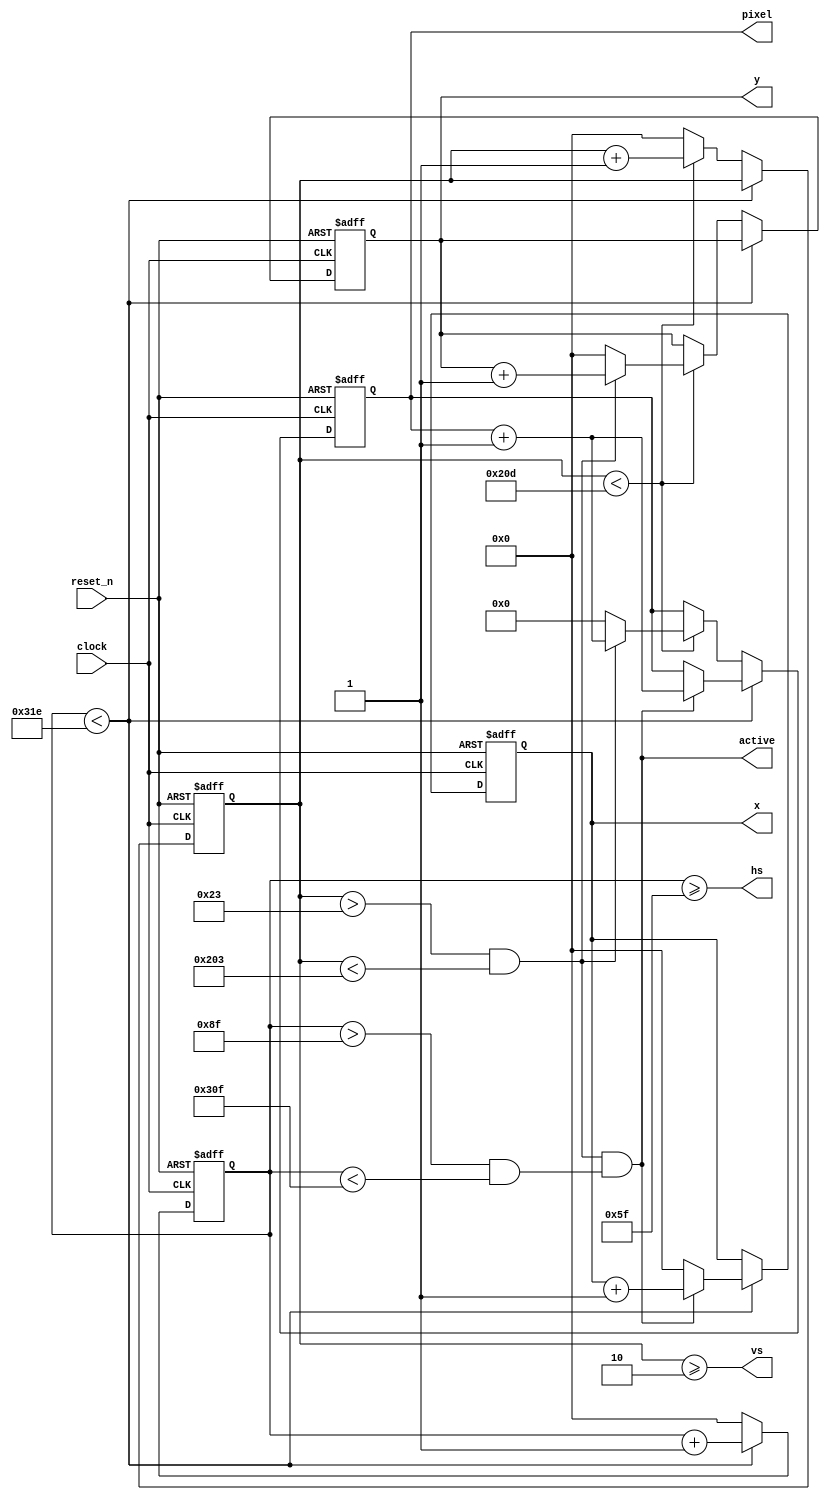
module vga_controller(hs,vs, reset_n, clock, active, x, y, pixel);

// Simple VGA timing and cursor generator
output hs, vs;
output active;
input reset_n;
input clock;
output [15:0] x, y;
output [18:0] pixel;

// VESA 640x480 @ 60Hz, pixel clock is 25MHz
localparam [15:0]	H_SYNC_INT	=	16'd95;  // 3.8us / 40ns    
localparam [15:0] H_SYNC_BACK	=	16'd48;  // 1.9us / 40ns 
localparam [15:0] H_SYNC_ACT	=	16'd640; // 25.4us / 40ns
localparam [15:0] H_SYNC_FRONT=	16'd15;  // 0.6us / 40ns
localparam [15:0] H_SYNC_TOTAL=	H_SYNC_ACT+H_SYNC_FRONT+H_SYNC_INT+H_SYNC_BACK;
localparam [15:0] V_SYNC_INT	=	16'd2;
localparam [15:0] V_SYNC_BACK	=	16'd33;
localparam [15:0] V_SYNC_ACT	=	16'd480;
localparam [15:0] V_SYNC_FRONT=	16'd10;
localparam [15:0] V_SYNC_TOTAL=	V_SYNC_ACT+V_SYNC_FRONT+V_SYNC_INT+V_SYNC_BACK;

parameter	X_START		=	H_SYNC_INT+H_SYNC_BACK;
parameter	Y_START		=	V_SYNC_INT+V_SYNC_BACK;

reg [15:0] h_count, h_count_next;
reg [15:0] v_count, v_count_next;
reg [15:0] x, x_next;
reg [15:0] y, y_next;
reg [18:0] pixel, pixel_next;

wire v_active, h_active;

assign v_active = v_count > Y_START && v_count < Y_START+V_SYNC_ACT;
assign h_active = h_count > X_START && h_count < X_START+H_SYNC_ACT;
assign active = v_active && h_active;

assign vs = (v_count >= V_SYNC_INT);
assign hs = (h_count >= H_SYNC_INT);

always @(posedge clock or negedge reset_n)
begin
  if (!reset_n) begin
    pixel <= 19'h0;
    h_count <= 16'h0;
    v_count <= 16'h0;
    x <= 16'h0;
    y <= 16'h0;
  end else begin
    pixel <= pixel_next;
    h_count <= h_count_next;
    v_count <= v_count_next;
    x <= x_next;
    y <= y_next;
  end
end

always @(*)
begin
  pixel_next = pixel;
  h_count_next = h_count;
  v_count_next = v_count;
  x_next = x;
  y_next = y;
  
  if (h_count < H_SYNC_TOTAL) begin
    h_count_next = h_count + 1'b1;
    if (active) begin
      x_next = x + 1'b1;
      pixel_next = pixel + 1'b1;
    end else
      x_next = 16'h0;
  end else begin
    h_count_next = 16'h0;
    if (v_count < V_SYNC_TOTAL) begin
      v_count_next = v_count + 1'b1;
      if (v_active) begin
        y_next = y + 1'b1;
        pixel_next = pixel + 1'b1;
      end else begin
        y_next = 16'h0;
        pixel_next = 19'h0;
      end
    end else
      v_count_next = 16'h0;
  end
end

endmodule